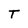
Character: T